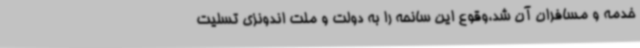
خدمه و مسافران آن شد،وقوع این سانحه را به دولت و ملت اندونزی تسلیت